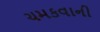
ચમકવાની